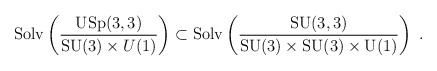
\begin{align*}\mathrm{Solv}\left(\frac{\mathrm{USp}(3,3)}{\mathrm{SU}(3)\times{U}(1)}\right) \subset \mathrm{Solv}\left(\frac{\mathrm{SU}(3,3)}{\mathrm{SU}(3) \times \mathrm{SU}(3)\times \mathrm{U}(1)} \right)~.\end{align*}